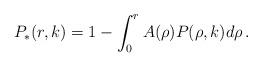
LaTeX: \begin{align*}P_*(r,k)=1-\int_0^r A(\rho)P(\rho,k)d\rho\,.\end{align*}